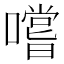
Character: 嚐